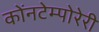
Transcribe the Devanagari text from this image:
कोंनटेम्पोरेरी